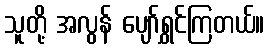
သူတို့ အလွန် ပျော်ရွှင်ကြတယ်။